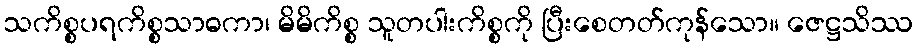
သကိစ္စပရကိစ္စသာဓကာ၊ မိမိကိစ္စ သူတပါးကိစ္စကို ပြီးစေတတ်ကုန်သော။ ဇေဋ္ဌသိဿ